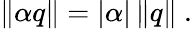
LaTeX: \lVert\alpha q\rVert=\left|\alpha\right|\, \lVert q\rVert~.